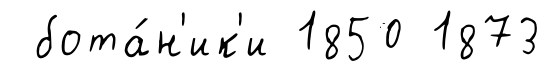
бота́н'ик'и 1850 1873